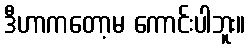
ဒီဟာကတော့မ ကောင်းပါဘူး။